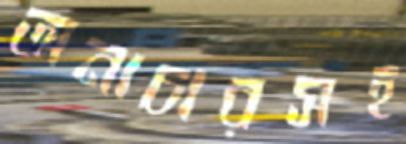
অনাচারসহ